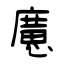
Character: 懬